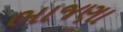
ભાજણા